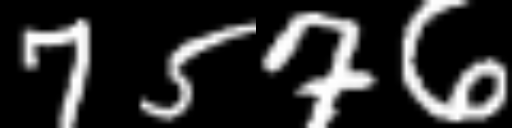
Text: 7576